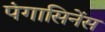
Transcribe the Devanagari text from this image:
पंगासिनेंस